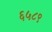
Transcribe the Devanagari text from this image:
६५८९